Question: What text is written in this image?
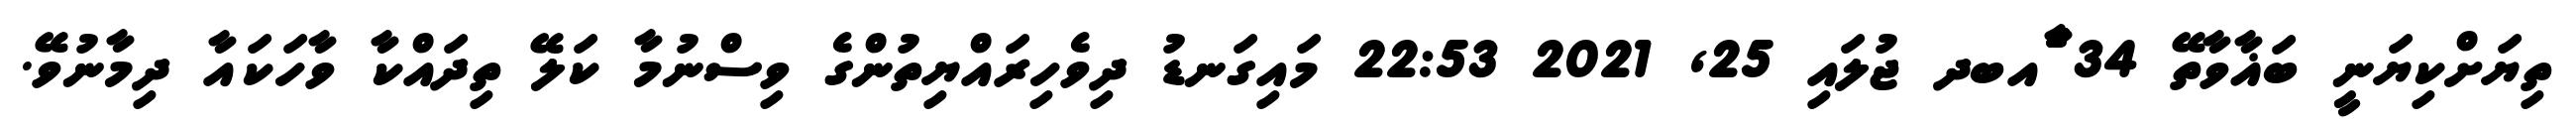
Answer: ތިޔަށްކިޔަނީ ބަޣާވާތޭ 34 ާަެެައބދ ޖުލައި 25, 2021 22:53 މައިގަނޑު ދިވެހިރައްޔިތުންގެ ވިސްނުމާ ކަލޭ ތިދައްކާ ވާހަކައާ ދިމާނުވޭ.